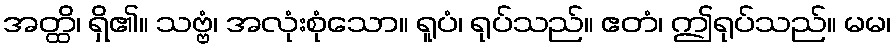
အတ္ထိ၊ ရှိ၏။ သဗ္ဗံ၊ အလုံးစုံသော။ ရူပံ၊ ရုပ်သည်။ ဧတံ၊ ဤရုပ်သည်။ မမ၊